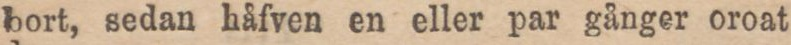
bort, sedan håfven en eller par gånger oroat